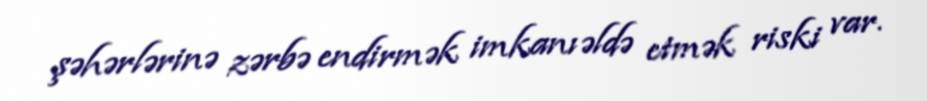
şəhərlərinə zərbə endirmək imkanı əldə etmək riski var.